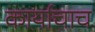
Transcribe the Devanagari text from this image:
कार्याचाच